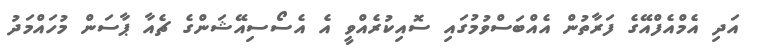
އަދި އެމްއެފްއޭގެ ފަރާތުން އެއްބަސްވުމުގައި ސޮއިކުރެއްވީ އެ އެސޯސިއޭޝަންގެ ޗެއާ ޕާސަން މުހައްމަދު